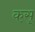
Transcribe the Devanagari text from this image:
कस्